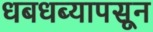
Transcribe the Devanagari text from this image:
धबधब्यापसून